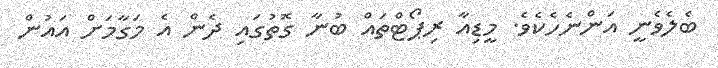
ބެލެވެނީ އަންނެހެކެވެ. މީޑިއާ ރިޕޯޓްތައް ބުނާ ގޮތުގައި ދެން އެ މަގާމަށް އައުން